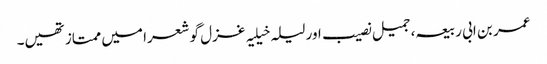
عمر بن ابی ربیعہ، جمیل نصیب اور لیلہ خیلیہ غزل گو شعرا میں ممتاز تھیں۔